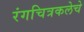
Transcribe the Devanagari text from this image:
रंगचित्रकलेचे